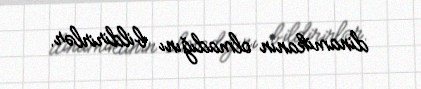
dinamikanın olmadığını bildirirlər.